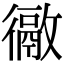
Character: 𢖉